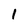
Character: 1